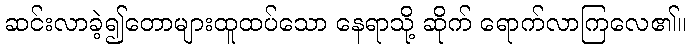
ဆင်းလာခဲ့၍တောများထူထပ်သော နေရာသို့ ဆိုက် ရောက်လာကြလေ၏။